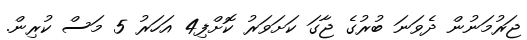
ޖަރުމަނުން ދެވަނަ ބުރުގެ ޖާގަ ކަށަވަރު ކޮށްފި4 އަހަރު 5 މަސް ކުރިން.